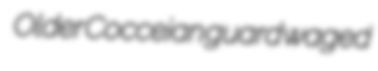
Older Cocceian guard waged